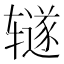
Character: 𫟦